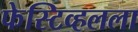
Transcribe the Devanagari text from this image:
फेस्टिव्हलला